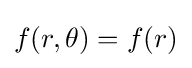
f(r,\theta )=f(r)